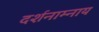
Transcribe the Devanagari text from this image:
दर्शनाम्नाय